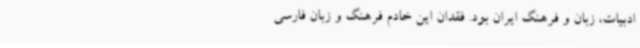
ادبیات، زبان و فرهنگ ایران بود. فقدان این خادم فرهنگ و زبان فارسی